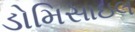
ડોમિસાઇલ